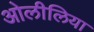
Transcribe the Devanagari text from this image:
ओलीलिया